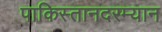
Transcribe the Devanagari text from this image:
पाकिस्तानदरम्यान